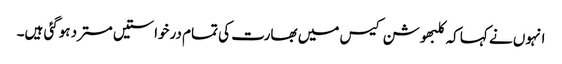
انہوں نے کہا کہ کلبھوشن کیس میں بھارت کی تمام درخواستیں مسترد ہوگئی ہیں۔